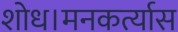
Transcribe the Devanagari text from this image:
शोध।मनकर्त्यास